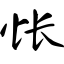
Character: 怅